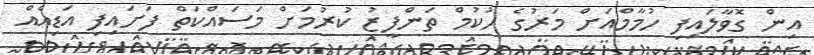
އިން ގޮވާލައިފި ހުމާމްއަށް މަރުގެ ހުކުމް ތަންފީޒު ކުރުމަށް މަސައްކަތް ފަށައިފި އަޑިއެއް